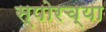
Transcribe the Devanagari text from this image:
स्पोरच्या